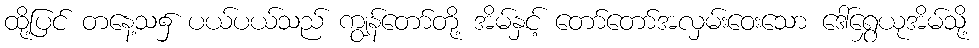
ထို့ပြင် တနေ့သ၌ ပယ်ပယ်သည် ကျွန်တော်တို့ အိမ်နှင့် တော်တော်အလှမ်းဝေးသော ဒေါ်ရွှေယုအိမ်သို့